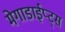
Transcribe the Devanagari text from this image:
मेगाडाईप्ट्स